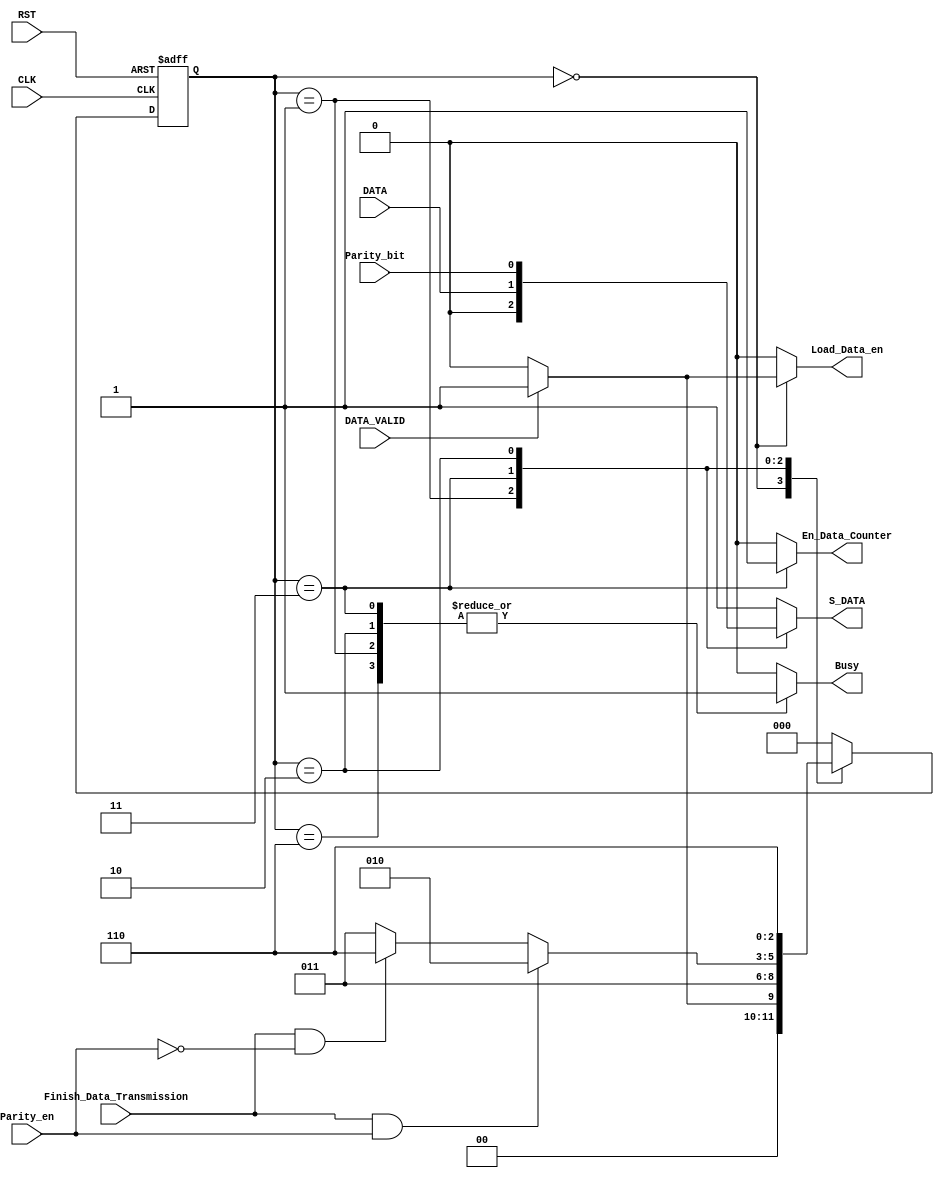
module FSM_Data_Transmission 
(
  //-------------------------------Input Ports------------------------------------//
  input      wire                                    DATA,
  input      wire                                    DATA_VALID,
  input      wire                                    Parity_bit,
  input      wire                                    Parity_en,
  input      wire                                    Finish_Data_Transmission,
  input      wire                                    CLK,
  input      wire                                    RST,           // Active Low Asynchronous Reset
  //-------------------------------Output Ports------------------------------------//
  output     reg                                     S_DATA,
  output     reg                                     Busy,
  output     reg                                     En_Data_Counter,
  output     reg                                     Load_Data_en
);

//-------------------------------- State Variables --------------------------------//
reg      [2:0]     Current_state, Next_state;

//-------------------------------- State Parameters -------------------------------//
// Gray Encoding
localparam IDLE_STATE       = 3'b000;
localparam TRANSMIT_START   = 3'b001;
localparam TRANSMIT_DATA    = 3'b011;
localparam TRANSMIT_PARITY  = 3'b010; 
localparam TRANSMIT_STOP    = 3'b110;

//--------------------------------- State Transitions -----------------------------//
always @(posedge CLK or negedge RST)
    begin
        if (!RST)
          begin
              Current_state <= IDLE_STATE;
          end
        else
          begin
              Current_state <= Next_state;
          end
    end

//---------------------------------- Next State Logic --------------------------------//
always @(*)
    begin
        case (Current_state)
        IDLE_STATE      : begin
                            if (DATA_VALID)
                              begin
                                Next_state = TRANSMIT_START;
                              end
                            else
                              begin
                                Next_state = IDLE_STATE;
                              end
                          end
        TRANSMIT_START  : begin
                            Next_state = TRANSMIT_DATA;
                          end
        TRANSMIT_DATA   : begin
                            if (Finish_Data_Transmission & Parity_en)
                                  begin
                                    Next_state = TRANSMIT_PARITY;
                                  end
                            else if (Finish_Data_Transmission & !Parity_en)
                                  begin
                                    Next_state = TRANSMIT_STOP;
                                  end
                            else
                                  begin
                                    Next_state = TRANSMIT_DATA;
                                  end                      
                          end
        TRANSMIT_PARITY : begin
                            Next_state = TRANSMIT_STOP;
                          end 
        TRANSMIT_STOP   : begin
                            Next_state = IDLE_STATE;
                          end 
        default         : begin
                            Next_state = IDLE_STATE;
                          end
        endcase
    end
//---------------------------------------- Output Logic -------------------------------//
always @(*)
    begin
        case (Current_state)
          IDLE_STATE      : begin
                             Busy            = 1'b0;
                             S_DATA          = 1'b1;
                             En_Data_Counter = 1'b0;
                             if (DATA_VALID)
                                begin
                                  Load_Data_en    = 1'b1;
                                end
                             else 
                                begin
                                  Load_Data_en    = 1'b0;
                                end
                            end
          TRANSMIT_START  : begin
                             Busy            = 1'b1;
                             S_DATA          = 1'b0;
                             En_Data_Counter = 1'b0;
                             Load_Data_en    = 1'b0;
                            end
          TRANSMIT_DATA   : begin
                             Busy            = 1'b1;
                             S_DATA          = DATA;
                             En_Data_Counter = 1'b1;
                             Load_Data_en    = 1'b0;
                            end
          TRANSMIT_PARITY : begin
                             Busy            = 1'b1;
                             S_DATA          = Parity_bit;
                             En_Data_Counter = 1'b0;
                             Load_Data_en    = 1'b0;
                            end
          TRANSMIT_STOP   : begin
                             Busy            = 1'b1;
                             S_DATA          = 1'b1;
                             En_Data_Counter = 1'b0;
                             Load_Data_en    = 1'b0;
                            end
          default         : begin
                             Busy            = 1'b0;
                             S_DATA          = 1'b1;
                             En_Data_Counter = 1'b0;
                             Load_Data_en    = 1'b0;
                            end
        endcase
    end
endmodule